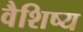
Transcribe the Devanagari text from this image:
वैशिष्य